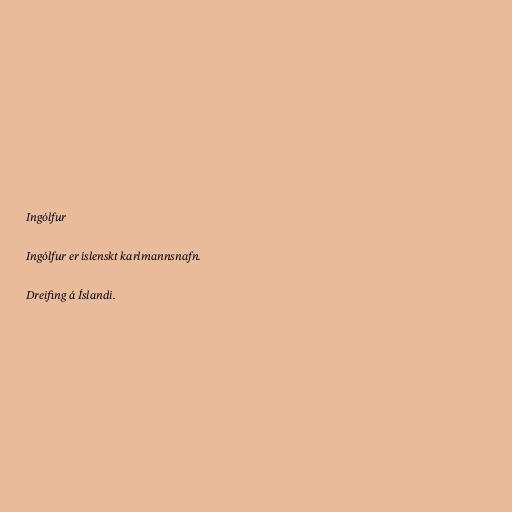
Ingólfur

Ingólfur er íslenskt karlmannsnafn.

Dreifing á Íslandi.